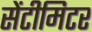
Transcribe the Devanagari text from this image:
सेंटीमिटर